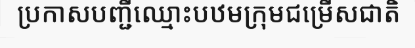
ប្រកាសបញ្ជីឈ្មោះបឋមក្រុមជម្រើសជាតិ